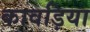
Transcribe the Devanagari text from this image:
कावड़िया